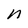
Character: n